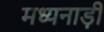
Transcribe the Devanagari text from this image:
मध्यनाड़ी